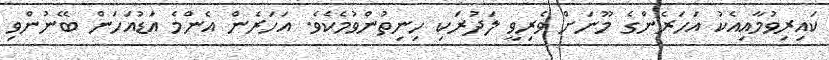
ކައިރިވުމާއިއެކު އަހަރެންގެ މޫނަށް ވެރިވީ ލަދުރަކި ހިނިތުންވުމެކެވެ. އަހަރެން އެންމެ އަޑުއަހަން ބޭނުންވި